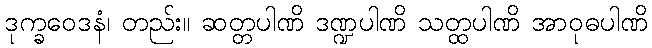
ဒုက္ခဝေဒနံ၊ တည်း။ ဆတ္တပါဏိ ဒဏ္ဍပါဏိ သတ္ထပါဏိ အာဝုဓပါဏိ